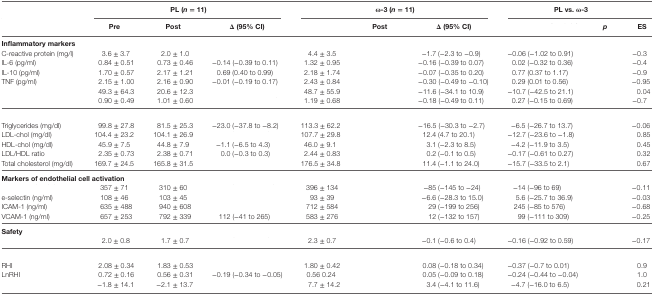
<table><thead><tr><td>[EMPTY_CELL]</td><td colspan="3"><b>PL (<i>n</i> = 11)</b></td><td colspan="3"><b>ω-3 (<i>n</i> = 11)</b></td><td colspan="3"><b>PL vs. ω-3</b></td></tr><tr><td>[EMPTY_CELL]</td><td><b>Pre</b></td><td><b>Post</b></td><td><b>Δ (95% CI)</b></td><td>[EMPTY_CELL]</td><td><b>Post</b></td><td><b>Δ (95% CI)</b></td><td>[EMPTY_CELL]</td><td><b><i>p</i></b></td><td><b>ES</b></td></tr></thead><tbody><tr><td colspan="10"><b>Inflammatory markers</b></td></tr><tr><td>C-reactive protein (mg/l)</td><td>3.6 ± 3.7</td><td>2.0 ± 1.0</td><td>[EMPTY_CELL]</td><td>4.4 ± 3.5</td><td>[EMPTY_CELL]</td><td>−1.7 (−2.3 to −0.9)</td><td>−0.06 (−1.02 to 0.91)</td><td>[EMPTY_CELL]</td><td>−0.3</td></tr><tr><td>IL-6 (pg/ml)</td><td>0.84 ± 0.51</td><td>0.73 ± 0.46</td><td>−0.14 (−0.39 to 0.11)</td><td>1.32 ± 0.95</td><td>[EMPTY_CELL]</td><td>−0.16 (−0.39 to 0.07)</td><td>0.02 (−0.32 to 0.36)</td><td>[EMPTY_CELL]</td><td>−0.4</td></tr><tr><td>IL-10 (pg/ml)</td><td>1.70 ± 0.57</td><td>2.17 ± 1.21</td><td>0.69 (0.40 to 0.99)</td><td>2.18 ± 1.74</td><td>[EMPTY_CELL]</td><td>−0.07 (−0.35 to 0.20)</td><td>0.77 (0.37 to 1.17)</td><td>[EMPTY_CELL]</td><td>−0.9</td></tr><tr><td>TNF (pg/ml)</td><td>2.15 ± 1.00</td><td>2.16 ± 0.90</td><td>−0.01 (−0.19 to 0.17)</td><td>2.43 ± 0.84</td><td>[EMPTY_CELL]</td><td>−0.30 (−0.49 to −0.10)</td><td>0.29 (0.01 to 0.56)</td><td>[EMPTY_CELL]</td><td>−0.95</td></tr><tr><td>[EMPTY_CELL]</td><td>49.3 ± 64.3</td><td>20.6 ± 12.3</td><td>[EMPTY_CELL]</td><td>48.7 ± 55.9</td><td>[EMPTY_CELL]</td><td>−11.6 (−34.1 to 10.9)</td><td>−10.7 (−42.5 to 21.1)</td><td>[EMPTY_CELL]</td><td>0.04</td></tr><tr><td>[EMPTY_CELL]</td><td>0.90 ± 0.49</td><td>1.01 ± 0.60</td><td>[EMPTY_CELL]</td><td>1.19 ± 0.68</td><td>[EMPTY_CELL]</td><td>−0.18 (−0.49 to 0.11)</td><td>0.27 (−0.15 to 0.69)</td><td>[EMPTY_CELL]</td><td>−0.7</td></tr><tr><td colspan="10">[EMPTY_CELL]</td></tr><tr><td>Triglycerides (mg/dl)</td><td>99.8 ± 27.8</td><td>81.5 ± 25.3</td><td>−23.0 (−37.8 to −8.2)</td><td>113.3 ± 62.2</td><td>[EMPTY_CELL]</td><td>−16.5 (−30.3 to −2.7)</td><td>−6.5 (−26.7 to 13.7)</td><td>[EMPTY_CELL]</td><td>−0.06</td></tr><tr><td>LDL-chol (mg/dl)</td><td>104.4 ± 23.2</td><td>104.1 ± 26.9</td><td>[EMPTY_CELL]</td><td>107.7 ± 29.8</td><td>[EMPTY_CELL]</td><td>12.4 (4.7 to 20.1)</td><td>−12.7 (−23.6 to −1.8)</td><td>[EMPTY_CELL]</td><td>0.85</td></tr><tr><td>HDL-chol (mg/dl)</td><td>45.9 ± 7.5</td><td>44.8 ± 7.9</td><td>−1.1 (−6.5 to 4.3)</td><td>46.0 ± 9.1</td><td>[EMPTY_CELL]</td><td>3.1 (−2.3 to 8.5)</td><td>−4.2 (−11.9 to 3.5)</td><td>[EMPTY_CELL]</td><td>0.45</td></tr><tr><td>LDL/HDL ratio</td><td>2.35 ± 0.73</td><td>2.38 ± 0.71</td><td>0.0 (−0.3 to 0.3)</td><td>2.44 ± 0.83</td><td>[EMPTY_CELL]</td><td>0.2 (−0.1 to 0.5)</td><td>−0.17 (−0.61 to 0.27)</td><td>[EMPTY_CELL]</td><td>0.32</td></tr><tr><td>Total cholesterol (mg/dl)</td><td>169.7 ± 24.5</td><td>165.8 ± 31.5</td><td>[EMPTY_CELL]</td><td>176.5 ± 34.8</td><td>[EMPTY_CELL]</td><td>11.4 (−1.1 to 24.0)</td><td>−15.7 (−33.5 to 2.1)</td><td>[EMPTY_CELL]</td><td>0.67</td></tr><tr><td colspan="10"><b>Markers of endothelial cell activation</b></td></tr><tr><td>[EMPTY_CELL]</td><td>357 ± 71</td><td>310 ± 60</td><td>[EMPTY_CELL]</td><td>396 ± 134</td><td>[EMPTY_CELL]</td><td>−85 (−145 to −24)</td><td>−14 (−96 to 69)</td><td>[EMPTY_CELL]</td><td>−0.11</td></tr><tr><td>e-selectin (ng/ml)</td><td>108 ± 46</td><td>103 ± 45</td><td>[EMPTY_CELL]</td><td>93 ± 39</td><td>[EMPTY_CELL]</td><td>−6.6 (−28.3 to 15.0)</td><td>5.6 (−25.7 to 36.9)</td><td>[EMPTY_CELL]</td><td>−0.03</td></tr><tr><td>ICAM-1 (ng/ml)</td><td>635 ± 488</td><td>940 ± 608</td><td>[EMPTY_CELL]</td><td>712 ± 584</td><td>[EMPTY_CELL]</td><td>29 (−199 to 256)</td><td>245 (−85 to 576)</td><td>[EMPTY_CELL]</td><td>−0.68</td></tr><tr><td>VCAM-1 (ng/ml)</td><td>657 ± 253</td><td>792 ± 339</td><td>112 (−41 to 265)</td><td>583 ± 276</td><td>[EMPTY_CELL]</td><td>12 (−132 to 157)</td><td>99 (−111 to 309)</td><td>[EMPTY_CELL]</td><td>−0.25</td></tr><tr><td colspan="10"><b>Safety</b></td></tr><tr><td>[EMPTY_CELL]</td><td>2.0 ± 0.8</td><td>1.7 ± 0.7</td><td>[EMPTY_CELL]</td><td>2.3 ± 0.7</td><td>[EMPTY_CELL]</td><td>−0.1 (−0.6 to 0.4)</td><td>−0.16 (−0.92 to 0.59)</td><td>[EMPTY_CELL]</td><td>−0.17</td></tr><tr><td colspan="10">[EMPTY_CELL]</td></tr><tr><td>RHI</td><td>2.08 ± 0.34</td><td>1.83 ± 0.53</td><td>[EMPTY_CELL]</td><td>1.80 ± 0.42</td><td>[EMPTY_CELL]</td><td>0.08 (−0.18 to 0.34)</td><td>−0.37 (−0.7 to 0.01)</td><td>[EMPTY_CELL]</td><td>0.9</td></tr><tr><td>LnRHI</td><td>0.72 ± 0.16</td><td>0.56 ± 0.31</td><td>−0.19 (−0.34 to −0.05)</td><td>0.56 0.24</td><td>[EMPTY_CELL]</td><td>0.05 (−0.09 to 0.18)</td><td>−0.24 (−0.44 to −0.04)</td><td>[EMPTY_CELL]</td><td>1.0</td></tr><tr><td>[EMPTY_CELL]</td><td>−1.8 ± 14.1</td><td>−2.1 ± 13.7</td><td>[EMPTY_CELL]</td><td>7.7 ± 14.2</td><td>[EMPTY_CELL]</td><td>3.4 (−4.1 to 11.6)</td><td>−4.7 (−16.0 to 6.5)</td><td>[EMPTY_CELL]</td><td>0.21</td></tr></tbody></table>